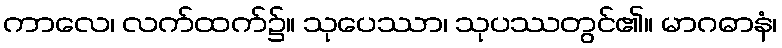
ကာလေ၊ လက်ထက်၌။ သုပေဿာ၊ သုပဿတွင်၏။ မာဂဓာနံ၊